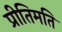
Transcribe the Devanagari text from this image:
प्रीतिमति